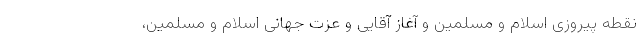
نقطه پیروزی اسلام و مسلمین و آغاز آقایی و عزت جهانی اسلام و مسلمین،